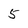
Character: 5